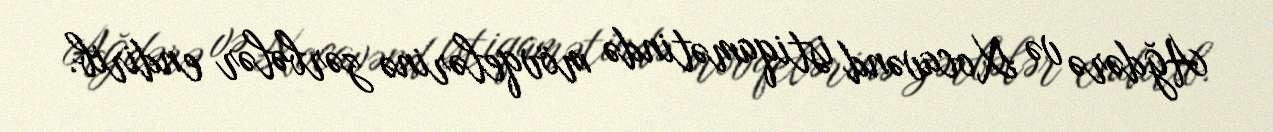
Ağdərə və Xocavənd istiqamətində mövqelərinə zərbələr endirib.